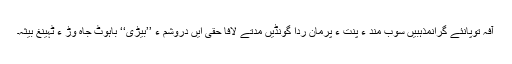
آفہ توپانئے گرانمذہبیں سوب مند ءِ پنت ءُُ پرمان ردا گونڈیں مدتے لافا حقی ایں دروشم ءَ ’’بیڑی‘‘ باہوٹ جاہ وڑ ءَ ٹہینغ بیثہ۔